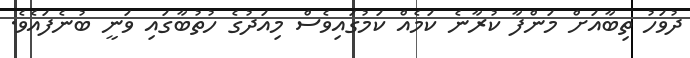
ދުވަހު ތިބާއަށް މަންފާ ކުރާނެ ކަމެއް ކަމުގައިވެސް މިއަދުގެ ހުތުބާގައި ވަނީ ބުނެފައެވެ.